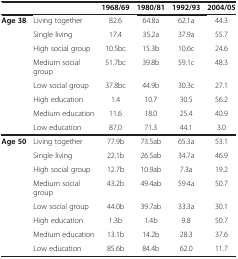
|  |  | 1968/69 | 1980/81 | 1992/93 | 2004/05 |
 | --- | --- | --- | --- | --- | --- |
 | <ROWSPAN=8> Age 38 | Living together | 82.6 | 64.8a | 62.1a | 44.3 |
 | Single living | 17.4 | 35.2a | 37.9a | 55.7 |
 | High social group | 10.5bc | 15.3b | 10.6c | 24.6 |
 | Medium social group | 51.7bc | 39.8b | 59.1c | 48.3 |
 | Low social group | 37.8bc | 44.9b | 30.3c | 27.1 |
 | High education | 1.4 | 10.7 | 30.5 | 56.2 |
 | Medium education | 11.6 | 18.0 | 25.4 | 40.9 |
 | Low education | 87.0 | 71.3 | 44.1 | 3.0 |
 | <ROWSPAN=8> Age 50 | Living together | 77.9b | 73.5ab | 65.3a | 53.1 |
 | Single living | 22.1b | 26.5ab | 34.7a | 46.9 |
 | High social group | 12.7b | 10.9ab | 7.3a | 19.2 |
 | Medium social group | 43.2b | 49.4ab | 59.4a | 50.7 |
 | Low social group | 44.0b | 39.7ab | 33.3a | 30.1 |
 | High education | 1.3b | 1.4b | 9.8 | 50.7 |
 | Medium education | 13.1b | 14.2b | 28.3 | 37.6 |
 | Low education | 85.6b | 84.4b | 62.0 | 11.7 |